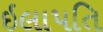
ઇલાપતિ